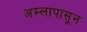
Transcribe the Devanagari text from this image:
अम्लापासून